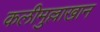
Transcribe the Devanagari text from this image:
कलीमुल्लाखान